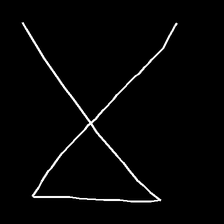
Glyph: collection